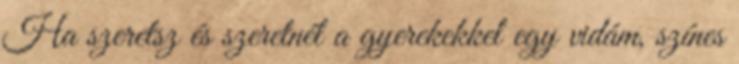
Ha szeretsz és szeretnél a gyerekekkel egy vidám, színes